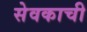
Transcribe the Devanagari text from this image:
सेवकाची